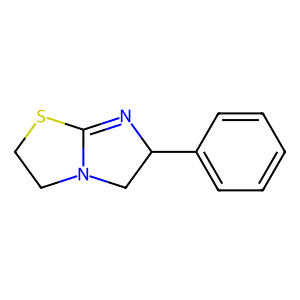
SMILES: c1ccc(C2CN3CCSC3=N2)cc1
Inhibits HIV replication: No